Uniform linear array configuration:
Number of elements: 8
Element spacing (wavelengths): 0.5
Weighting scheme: kaiser
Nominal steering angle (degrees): -15
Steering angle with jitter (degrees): -16.815
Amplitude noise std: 0.05
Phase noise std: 0.05

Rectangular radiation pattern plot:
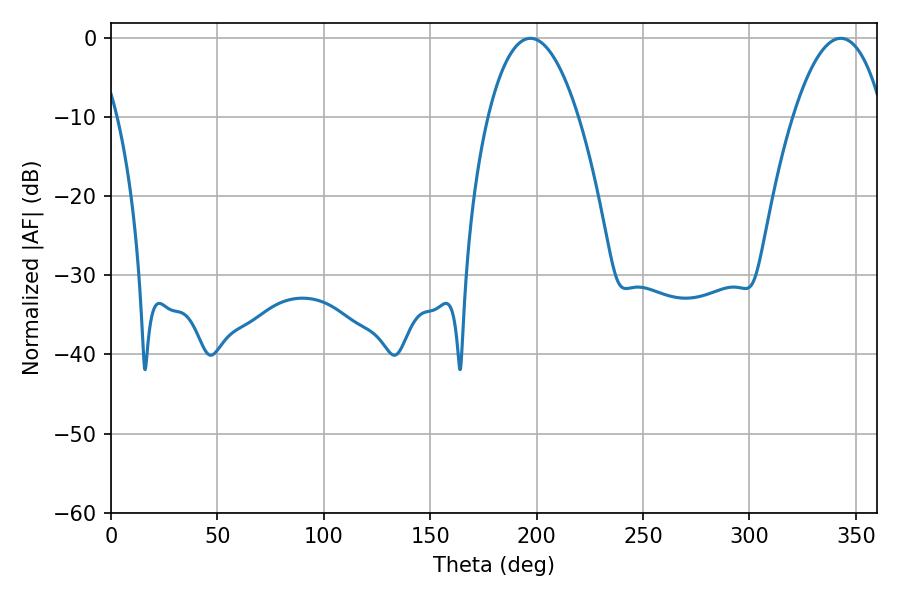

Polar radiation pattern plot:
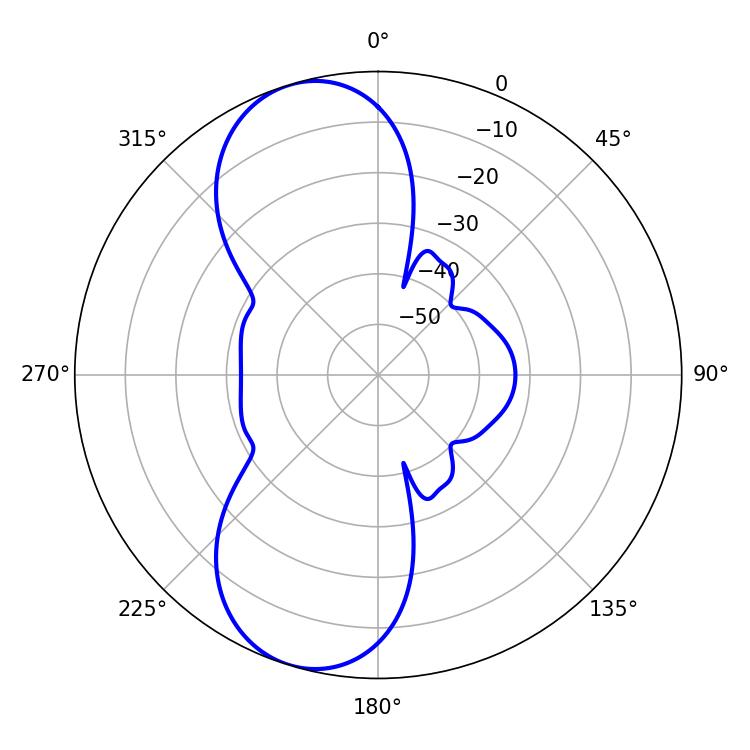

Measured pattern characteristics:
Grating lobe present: FALSE
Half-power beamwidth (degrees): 23.58
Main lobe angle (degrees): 197.1